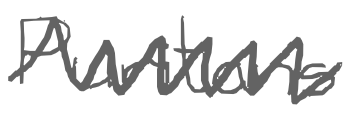
Text: Puritans
Cross-out: zig-zag
Writing tool: digital_gray